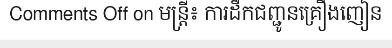
Comments Off on មន្ត្រី៖ ការដឹកជញ្ជូនគ្រឿងញៀន